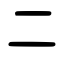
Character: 二